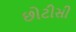
છોટીસી